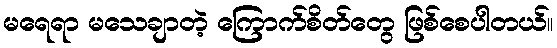
မရေရာ မသေချာတဲ့ ကြောက်စိတ်တွေ ဖြစ်စေပါတယ်။